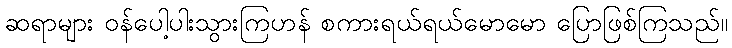
ဆရာများ ဝန်ပေါ့ပါးသွားကြဟန် စကားရယ်ရယ်မောမော ပြောဖြစ်ကြသည်။